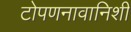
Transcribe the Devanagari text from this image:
टोपणनावानिशी